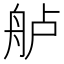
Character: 舻